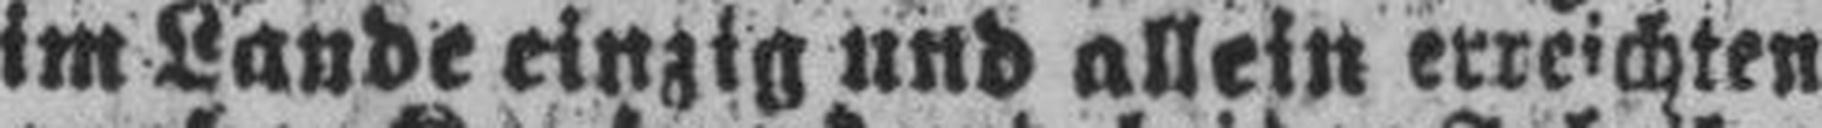
im Lande einzig und allein erreichten